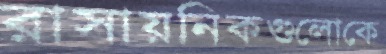
রাসায়নিকগুলোকে